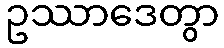
ဥဿာဒေတွာ